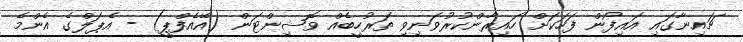
ޗައިނާގައި އައިފޯން ފަހަކަށް ހައިރާންކުރުވަނިވި ތަރުހީބެއް ވޮޝިންޓަން (އޭއެފްޕީ) - އެޕަލްގެ އެންމެ